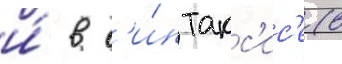
и́ в с'и́нтакс'ис'е (в